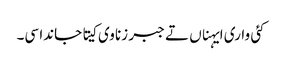
کئی واری ایہناں تے جبر زنا وی کیتا جاندا سی۔